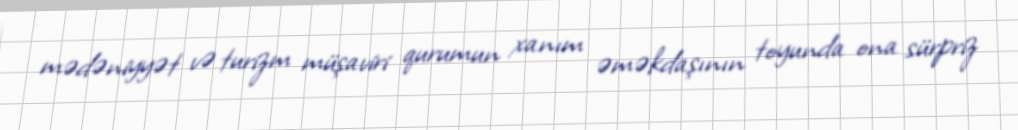
mədəniyyət və turizm müşaviri qurumun xanım əməkdaşının toyunda ona sürpriz